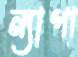
ন্যাপা